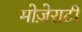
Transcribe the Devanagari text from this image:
मोज़ेराटी